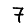
Digit: 7